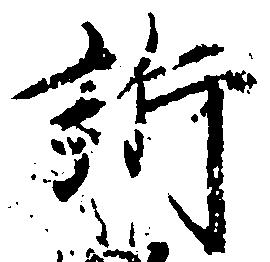
訴